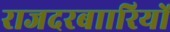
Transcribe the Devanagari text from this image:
राजदरबाारियों